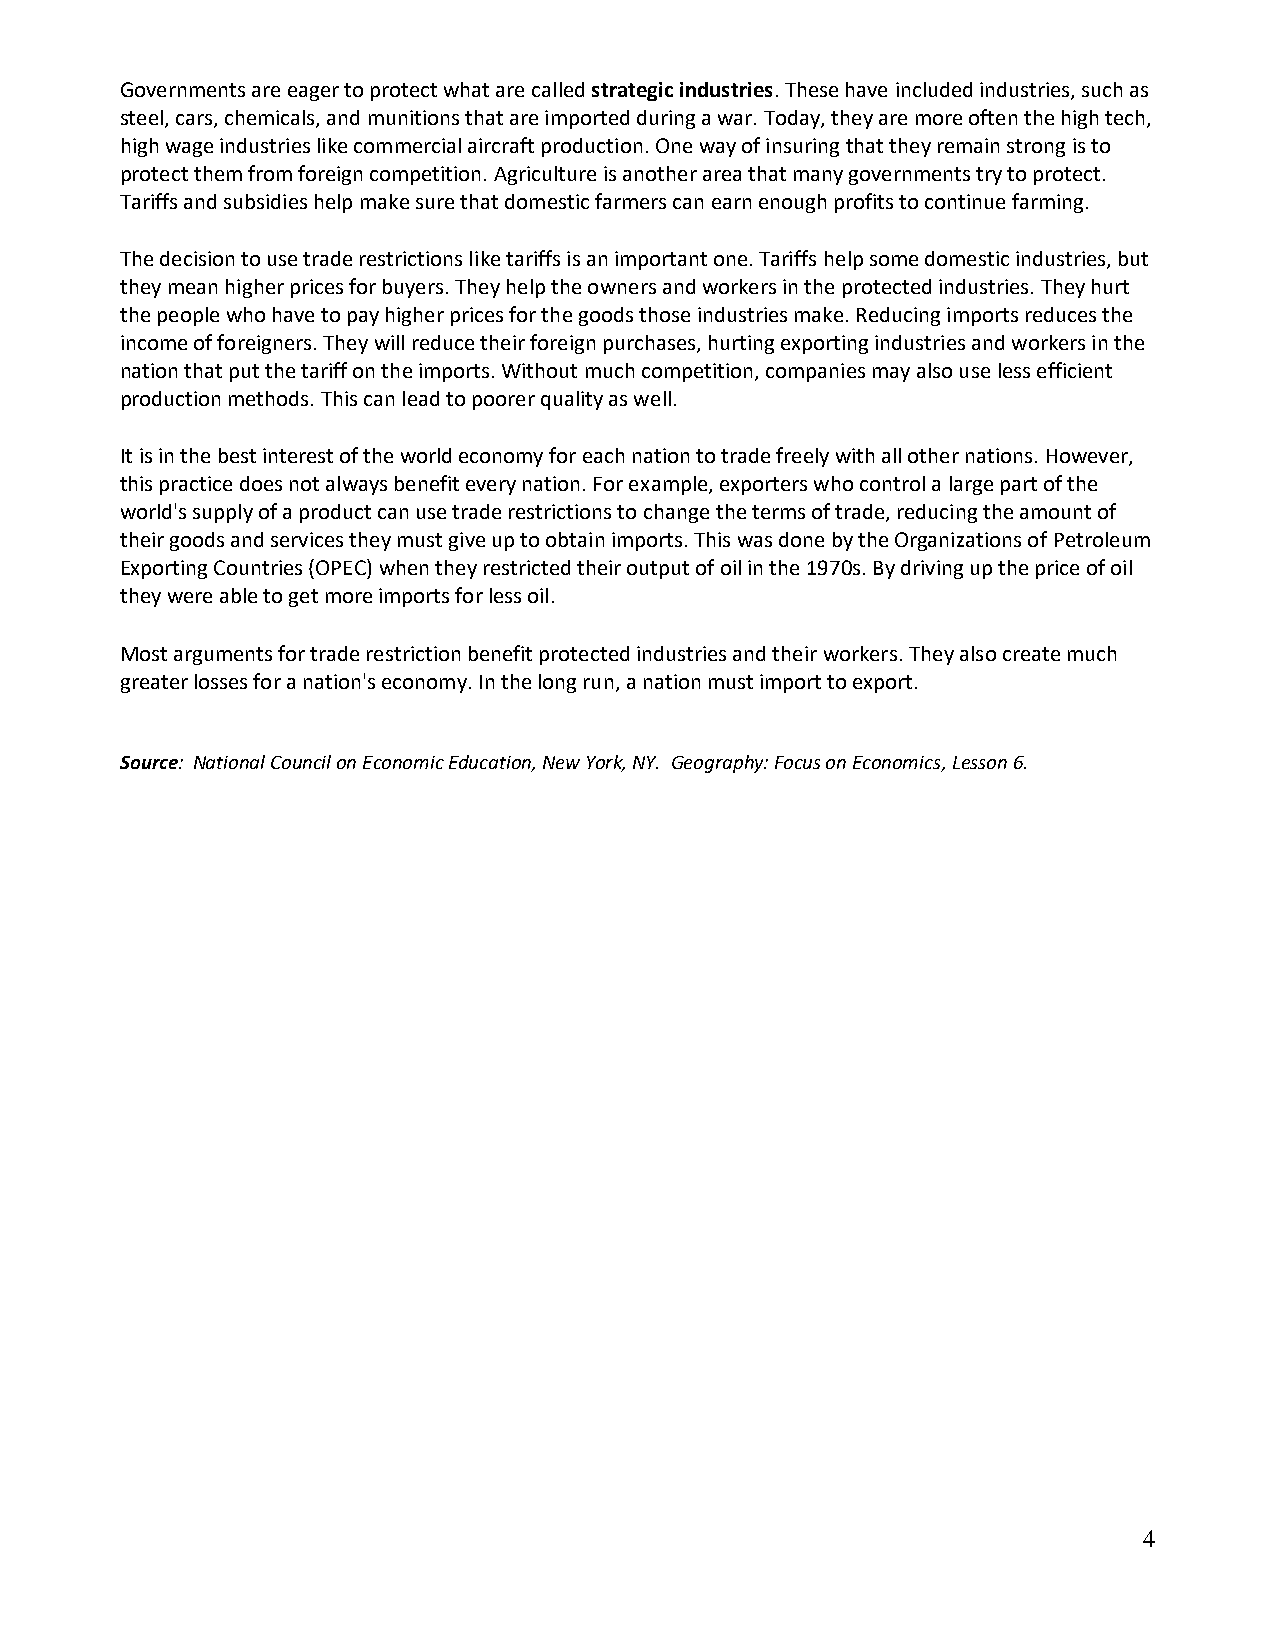
Governments are eager to protect what are called strategic industries. These have included industries, such as
 steel, cars, chemicals, and munitions that are imported during a war. Today, they are more often the high tech,
 high wage industries like commercial aircraft production. One way of insuring that they remain strong is to
 protect them from foreign competition. Agriculture is another area that many governments try to protect.
 Tariffs and subsidies help make sure that domestic farmers can earn enough profits to continue farming.
 The decision to use trade restrictions like tariffs is an important one. Tariffs help some domestic industries, but
 they mean higher prices for buyers. They help the owners and workers in the protected industries. They hurt
 the people who have to pay higher prices for the goods those industries make. Reducing imports reduces the
 income of foreigners. They will reduce their foreign purchases, hurting exporting industries and workers in the
 nation that put the tariff on the imports. Without much competition, companies may also use less efficient
 production methods. This can lead to poorer quality as well.
 It is in the best interest of the world economy for each nation to trade freely with all other nations. However,
 this practice does not always benefit every nation. For example, exporters who control a large part of the
 world's supply of a product can use trade restrictions to change the terms of trade, reducing the amount of
 their goods and services they must give up to obtain imports. This was done by the Organizations of Petroleum
 Exporting Countries (OPEC) when they restricted their output of oil in the 1970s. By driving up the price of oil
 they were able to get more imports for less oil.
 Most arguments for trade restriction benefit protected industries and their workers. They also create much
 greater losses for a nation's economy. In the long run, a nation must import to export.
 Source: National Council on Economic Education, New York, NY. Geography: Focus on Economics, Lesson 6.
 4